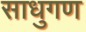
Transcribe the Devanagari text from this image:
साधुगण